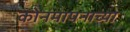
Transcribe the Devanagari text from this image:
कोनमापनाच्या